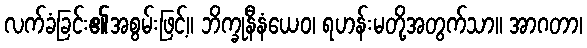
လက်ခံခြင်း၏အစွမ်းဖြင့်။ ဘိက္ခုနီနံယေဝ၊ ရဟန်းမတို့အတွက်သာ။ အာဂတာ၊